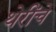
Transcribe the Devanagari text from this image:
थेरींचे